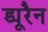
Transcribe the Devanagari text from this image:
ड्यूरैन